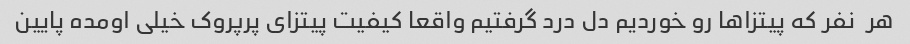
هر  نفر که پیتزاها رو خوردیم دل درد گرفتیم واقعا کیفیت پیتزای پرپروک خیلی اومده پایین